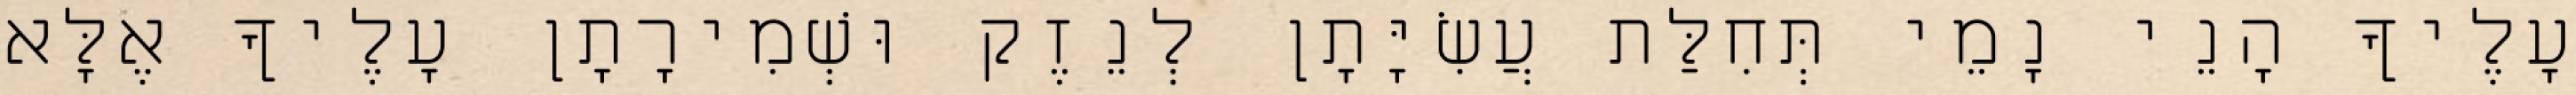
עָלֶיךָ הָנֵי נָמֵי תְּחִלַּת עֲשִׂיָּתָן לְנֵזֶק וּשְׁמִירָתָן עָלֶיךָ אֶלָּא